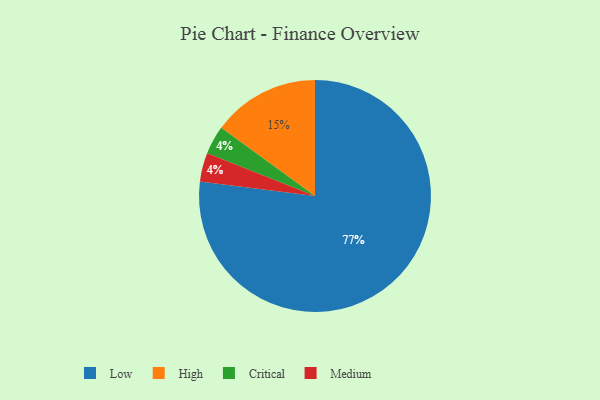
{"axis": {"x": "Category", "y": "Percentage"}, "legend": ["Critical", "High", "Low", "Medium"], "data": [{"x": "Critical", "y": 4, "type": "Critical"}, {"x": "High", "y": 15, "type": "High"}, {"x": "Low", "y": 77, "type": "Low"}, {"x": "Medium", "y": 4, "type": "Medium"}]}